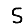
Digit: 5